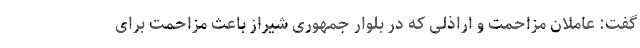
گفت: عاملان مزاحمت و اراذلی که در بلوار جمهوری شیراز باعث مزاحمت برای